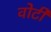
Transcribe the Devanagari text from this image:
वोटी